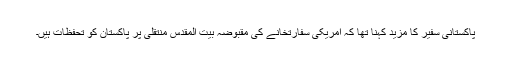
پاکستانی سفیر کا مزید کہنا تھا کہ امریکی سفارتخانے کی مقبوضہ بیت المقدس منتقلی پر پاکستان کو تحفظات ہیں۔